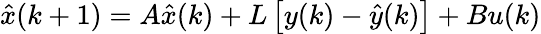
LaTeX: {\hat{x}}(k+1)=A{\hat{x}}(k)+L\left[y(k)-{\hat{y}}(k)\right]+Bu(k)